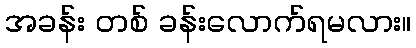
အခန်း တစ် ခန်းလောက်ရမလား။